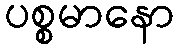
ပစ္စမာနော